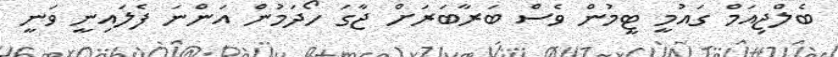
ބެލްޖިއަމް ގައުމީ ޓީމުން ވެސް ބަރާބަރަށް ޖާގަ ހޯދަމުން އަންނަ ފެލައިނީ ވަނީ